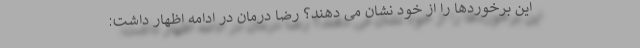
این برخوردها را از خود نشان می دهند‌؟ رضا درمان در ادامه اظهار داشت: